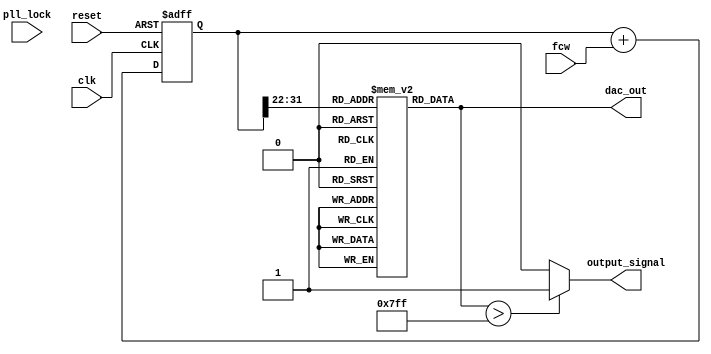
module DDS_PLL (
    input wire clk,               // System clock
    input wire reset,             // Reset signal
    input wire [31:0] fcw,        // Frequency Control Word
    input wire pll_lock,          // PLL lock signal
    output wire [11:0] dac_out,   // DAC output (12-bit)
    output wire output_signal      // Output signal (analog)
);

// Phase Accumulator
reg [31:0] phase_accumulator;
wire [31:0] phase_next;

// Phase-to-Amplitude Converter (Look-Up Table)
reg [11:0] sine_lut [0:1023]; // 1024 entries for sine wave
wire [11:0] amplitude_out;

// PLL Components
reg [31:0] vco_frequency;      // VCO frequency
reg [31:0] phase_error;         // Phase error for PLL
reg [31:0] loop_filter;         // Loop filter output

// Initialize sine lookup table (example values)
initial begin
    // Populate sine_lut with precomputed sine values
    // This should be filled with actual sine values
    // For example, sine_lut[0] = 12'b000000000000; // 0 degrees
    // Fill in the rest of the sine values...
end

// Phase Accumulator Logic
always @(posedge clk or posedge reset) begin
    if (reset) begin
        phase_accumulator <= 32'b0;
    end else begin
        phase_accumulator <= phase_accumulator + fcw;
    end
end

// Phase-to-Amplitude Converter
assign amplitude_out = sine_lut[phase_accumulator[31:22]]; // Use upper bits for addressing

// DAC Output
assign dac_out = amplitude_out;

// PLL Logic (simplified)
always @(posedge clk or posedge reset) begin
    if (reset) begin
        vco_frequency <= 32'b0;
        loop_filter <= 32'b0;
    end else if (pll_lock) begin
        // Simple PLL logic to adjust VCO frequency based on phase error
        phase_error <= phase_accumulator - vco_frequency; // Calculate phase error
        loop_filter <= loop_filter + phase_error; // Update loop filter
        vco_frequency <= loop_filter; // Update VCO frequency
    end
end

// Output Signal Generation (for simulation purposes)
assign output_signal = (dac_out > 12'b011111111111) ? 1'b1 : 1'b0; // Simple threshold for output

endmodule